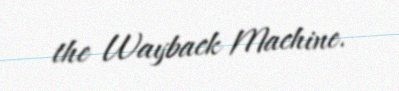
the Wayback Machine.